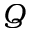
Q